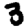
Digit: 3